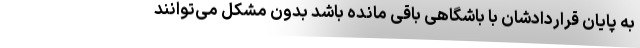
به پایان قراردادشان با باشگاهی باقی مانده باشد بدون مشکل می‌توانند